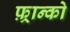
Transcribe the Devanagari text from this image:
फ़्रान्को